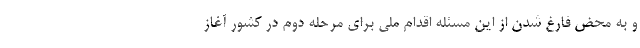
و به محض فارغ شدن از این مسئله اقدام ملی برای مرحله دوم در کشور آغاز